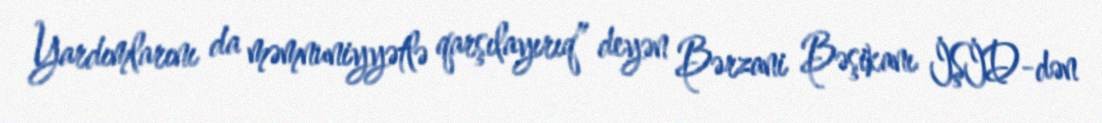
Yardımlarını da məmnuniyyətlə qarşılayırıq” deyən Bərzani Bəşikanı İŞİD-dən